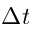
\Delta t